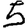
Digit: 5